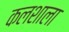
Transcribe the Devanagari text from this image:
कलशाला